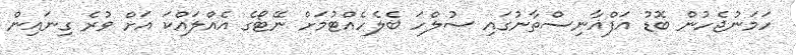
ހަމަނުޖެހުން ބޮޑު އަފްޣާނިސްތާނުގައި ސުލްހަ ބެލެހެއްޓުމަށް ނޭޓޯގެ އެއްލައްކަ އަށް ވުރެ ގިނައިން